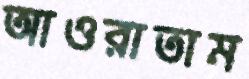
আওরাতাম